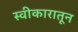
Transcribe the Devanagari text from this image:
स्वीकारातून